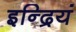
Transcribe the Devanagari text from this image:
इन्द्रियं